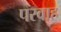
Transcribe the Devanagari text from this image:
परवाह्